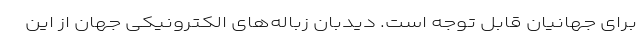
برای جهانیان قابل توجه است. دیدبان زباله‌های الکترونیکی جهان از این